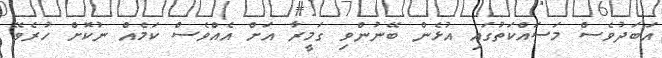
އަބަދުވެސް މަސައްކަތުގައި އުޅެން ބޭނުންވި ގަމީރާ އަށް އެއްވެސް ކަމެއް ނުކޮށް ހުރެވޭ